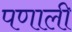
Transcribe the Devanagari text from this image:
पणाली